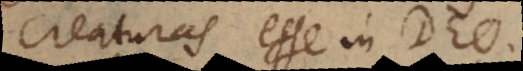
creaturas esse in Deo.